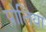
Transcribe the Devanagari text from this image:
प्रोलिया